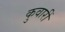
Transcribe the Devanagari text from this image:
कुवारीं